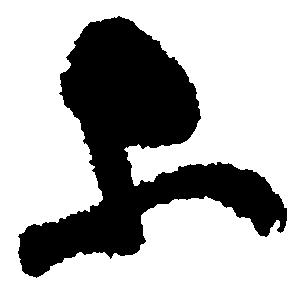
等